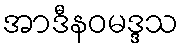
အာဒီနဝမဒ္ဒသ